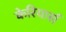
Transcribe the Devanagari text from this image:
केरियार्स